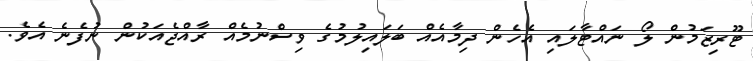
ޓޫރިޒަމުން ލޯ ނައްޓާލައި އެހެން ދިމާއެއް ބަލައިލުމުގެ ވިސްނުމެއް ރާއްޖެއަކުން ނުފެނެ އެވެ.